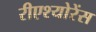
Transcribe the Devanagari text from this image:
रीएश्योरेंस